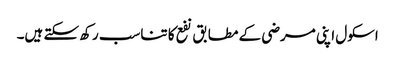
اسکول اپنی مرضی کے مطابق نفع کا تناسب رکھ سکتے ہیں۔